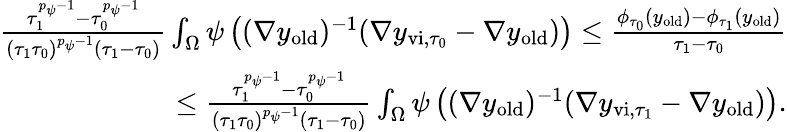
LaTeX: \begin{array}{r}{\frac{\tau_{1}^{{p_{\psi}-1}}-\tau_{0}^{{p_{\psi}-1}}}{(\tau_{1}\tau_{0})^{p_{\psi}-1}(\tau_{1}-\tau_{0})}\int_{\Omega}\psi\left((\nabla y_{\mathrm{old}})^{-1}(\nabla y_{\mathrm{vi},{\tau_{0}}}-\nabla y_{\mathrm{old}})\right)\leq\frac{\phi_{\tau_{0}}(y_{\mathrm{old}})-\phi_{\tau_{1}}(y_{\mathrm{old}})}{\tau_{1}-\tau_{0}}}\\ {\quad\leq\frac{\tau_{1}^{{p_{\psi}-1}}-\tau_{0}^{{p_{\psi}-1}}}{(\tau_{1}\tau_{0})^{p_{\psi}-1}(\tau_{1}-\tau_{0})}\int_{\Omega}\psi\left((\nabla y_{\mathrm{old}})^{-1}(\nabla y_{\mathrm{vi},{\tau_{1}}}-\nabla y_{\mathrm{old}})\right).}\end{array}